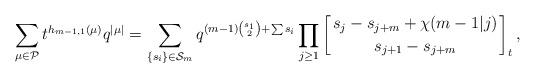
LaTeX: \begin{align*}\sum_{\mu\in\mathcal{P}}t^{h_{m-1,1}(\mu)}q^{|\mu|}=\sum_{\{s_i\} \in \mathcal{S}_m}q^{(m-1)\binom{s_1}{2} + \sum s_i}\prod_{j\geq 1}\left[s_j - s_{j+m} + \chi (m-1 | j) \atop s_{j+1} - s_{j+m}\right]_t,\end{align*}